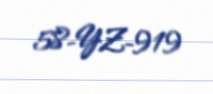
58-YZ-919